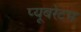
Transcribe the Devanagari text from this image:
प्यूबरेटम